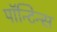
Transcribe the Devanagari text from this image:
पॉन्टिन्स